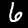
Digit: 6